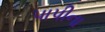
પાપીના